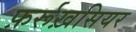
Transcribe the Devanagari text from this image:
फ़र्रूख़सियर